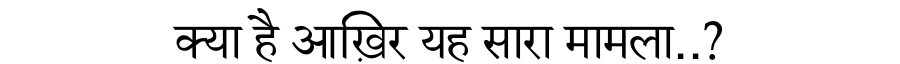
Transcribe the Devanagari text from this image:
क्या है आख़िर यह सारा मामला..?